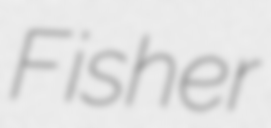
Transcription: Fisher